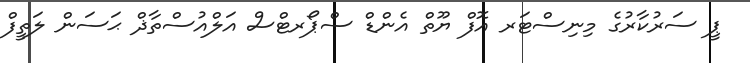
ޕީ ސަރުކާރުގެ މިނިސްޓަރ އޮފް ޔޫތް އެންޑް ސްޕޯރޓްސް އަލްއުސްތާޛް ޙަސަން ލަތީފް